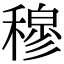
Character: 穆